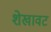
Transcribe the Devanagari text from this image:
शेखावट